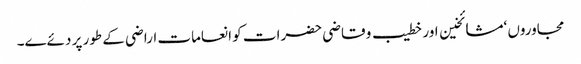
مجاوروں ‘مشائخین اور خطیب و قاضی حضرات کو انعامات اراضی کے طور پر دئےے۔